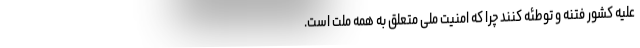
علیه کشور فتنه و توطئه کنند چرا که امنیت ملی متعلق به همه ملت است.